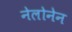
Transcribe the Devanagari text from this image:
नेलोनेन